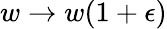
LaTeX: w\rightarrow w(1+\epsilon)